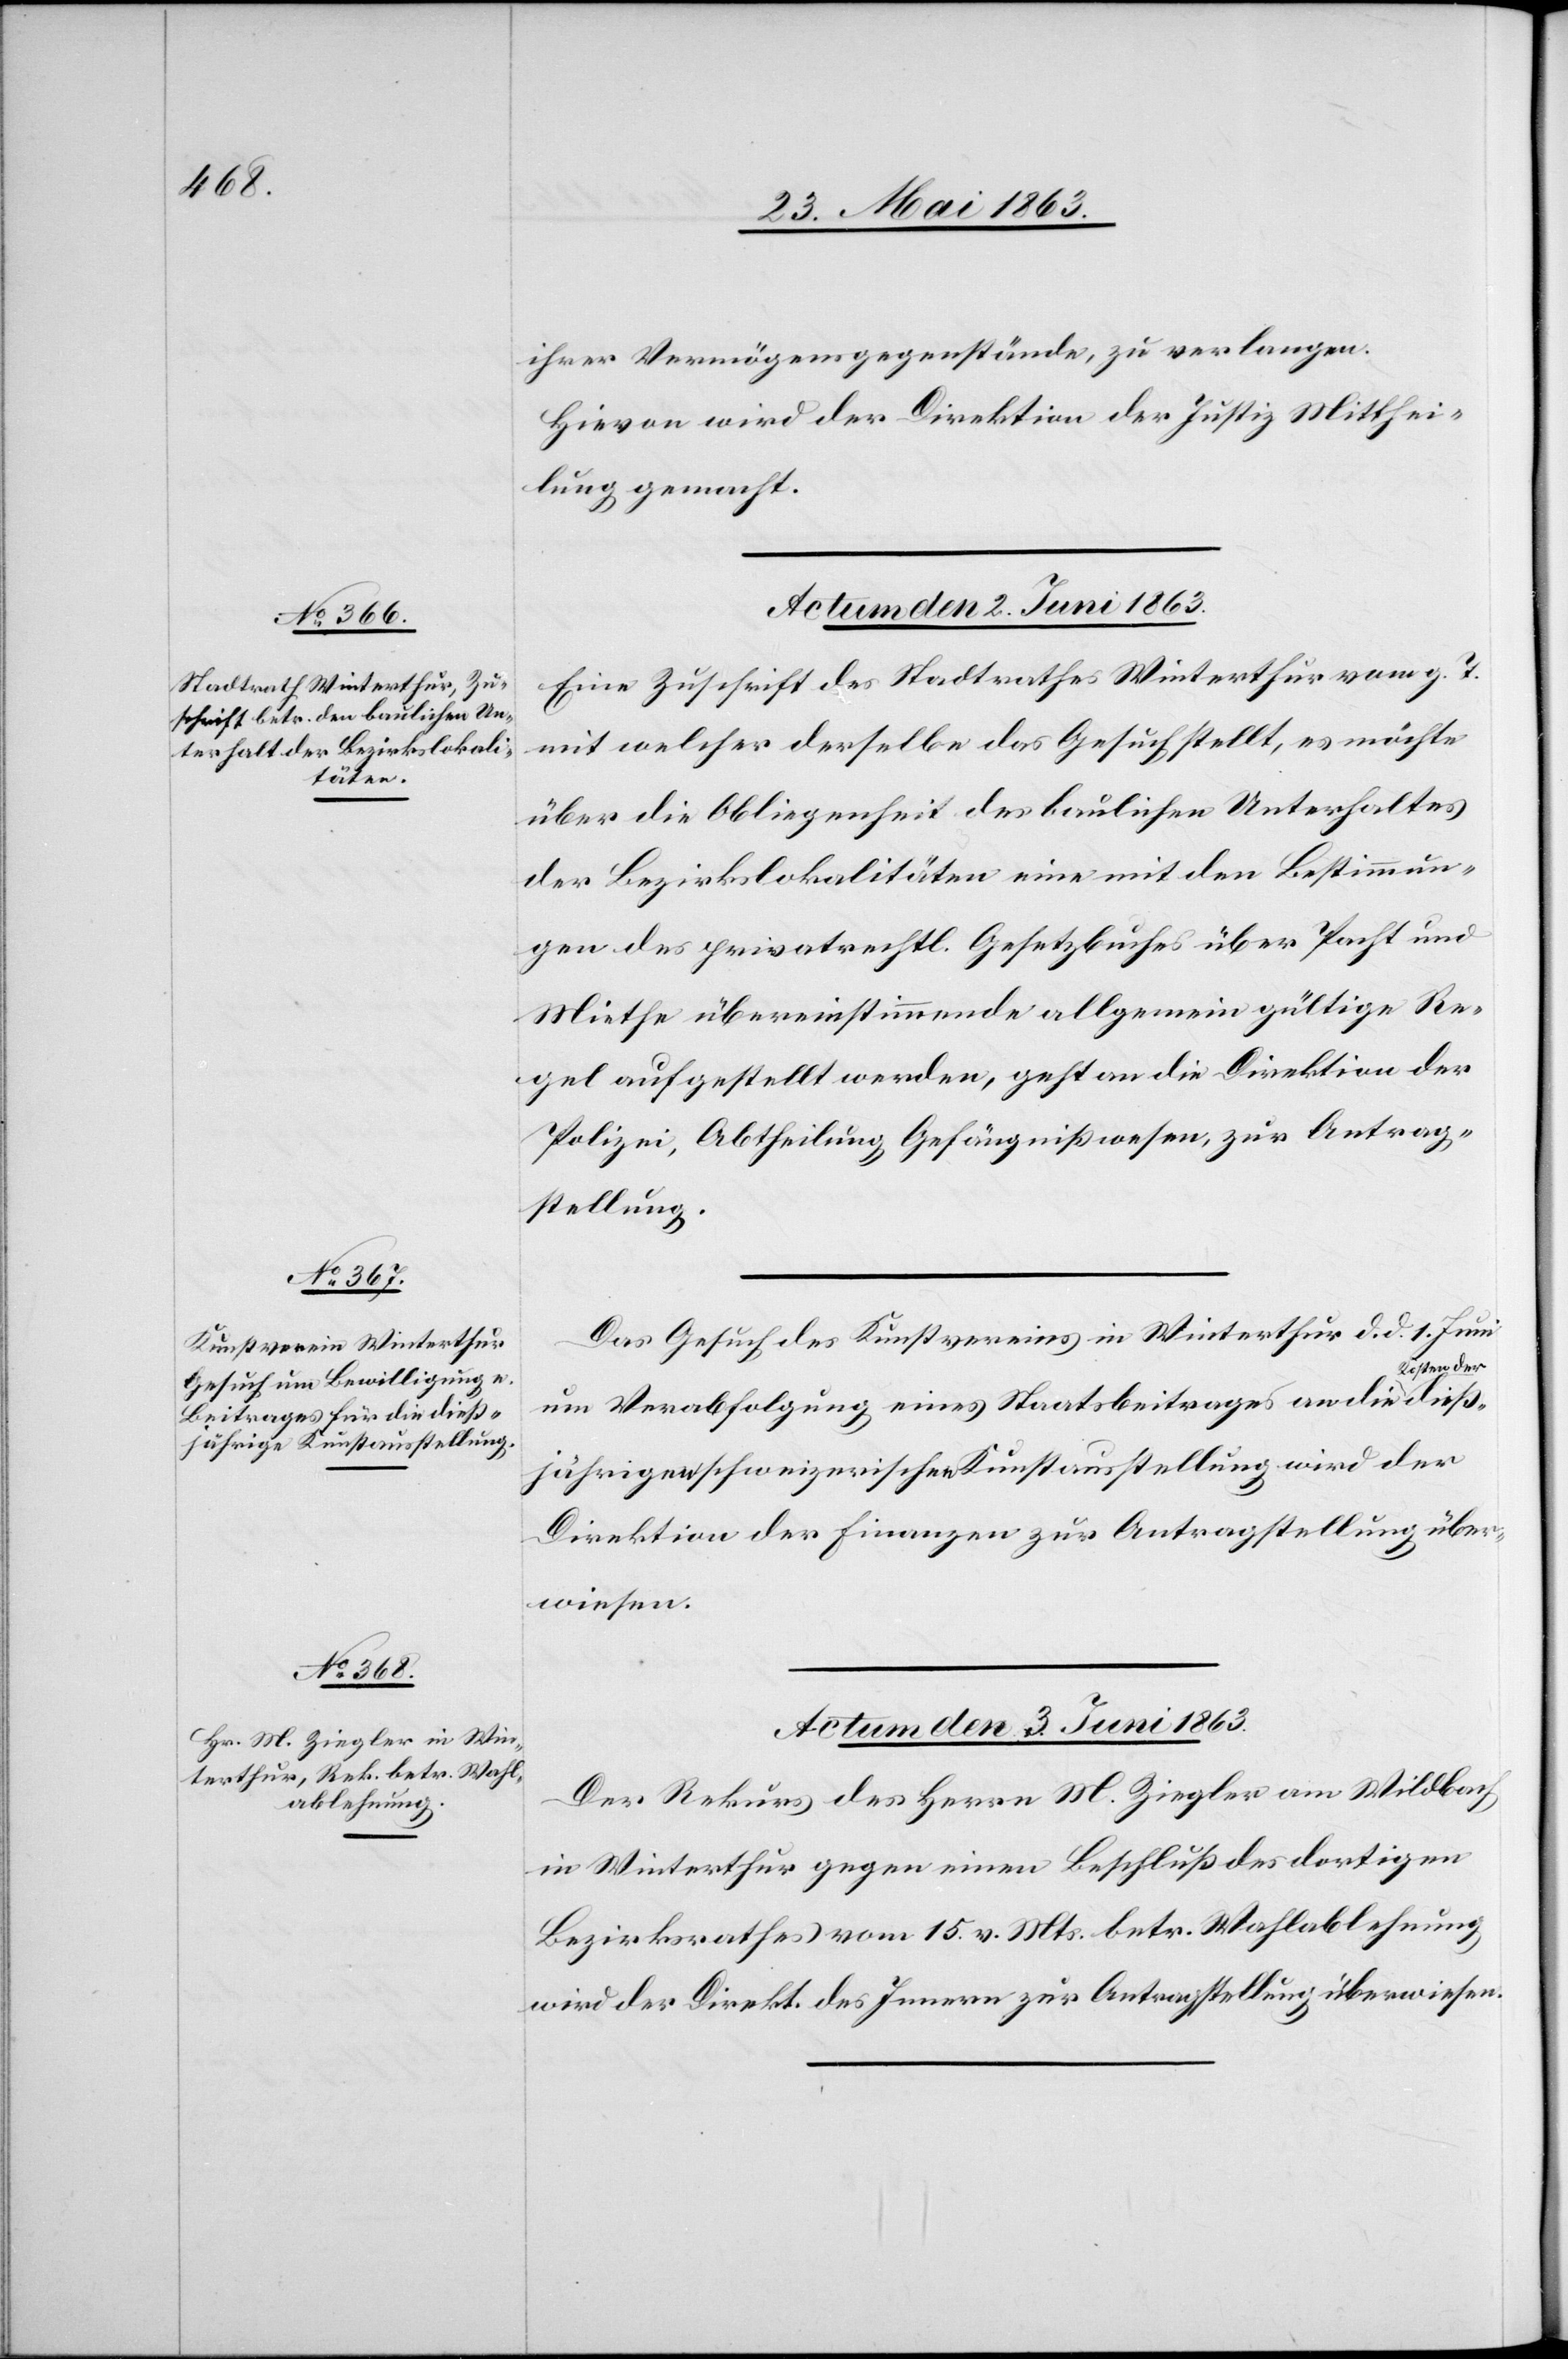
dieß¬

ihrer Vermögensgegenstände, zu verlangen.
Hievon wird der Direktion der Justiz Mitthei¬
lung gemacht.
Actum den 2. Juni 1863.]
Eine Zuschrift des Stadtrathes Winterthur vom g. T.
mit welcher derselbe das Gesuch stellt, es möchte
über die Obliegenheit des baulichen Unterhaltes
der Bezirkslokalitäten eine mit den Bestimmun¬
gen des privatrechtl. Gesetzbuches über Pacht und
Miethe übereinstimmende allgemein gültige Re¬
gel aufgestellt werden, geht an die Direktion der
Polizei, Abtheilung Gefängnißwesen, zur Antrag¬
stellung.
Das Gesuch des Kunstvereins in Winterthur d. d. 1. Juni
osten der-a
um Verabfolgung eines Staatsbeitrages an die a-K¬
jährigen schweizerischen Kunstausstellung wird der
Direktion der Finanzen zur Antragstellung über¬
wiesen.
Actum den 3. Juni 1863.
Der Rekurs des Herrn M. Ziegler am Wildbach
in Winterthur gegen einen Beschluß des dortigen
Bezirksrathes vom 15. v. Mts. betr. Wahlablehnung
wird der Direkt. des Innern zur Antragstellung überwiesen.